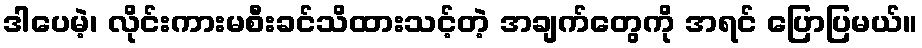
ဒါပေမဲ့၊ လိုင်းကားမစီးခင်သိထားသင့်တဲ့ အချက်တွေကို အရင် ပြောပြမယ်။